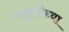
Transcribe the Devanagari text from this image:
प्लूरसीच्या